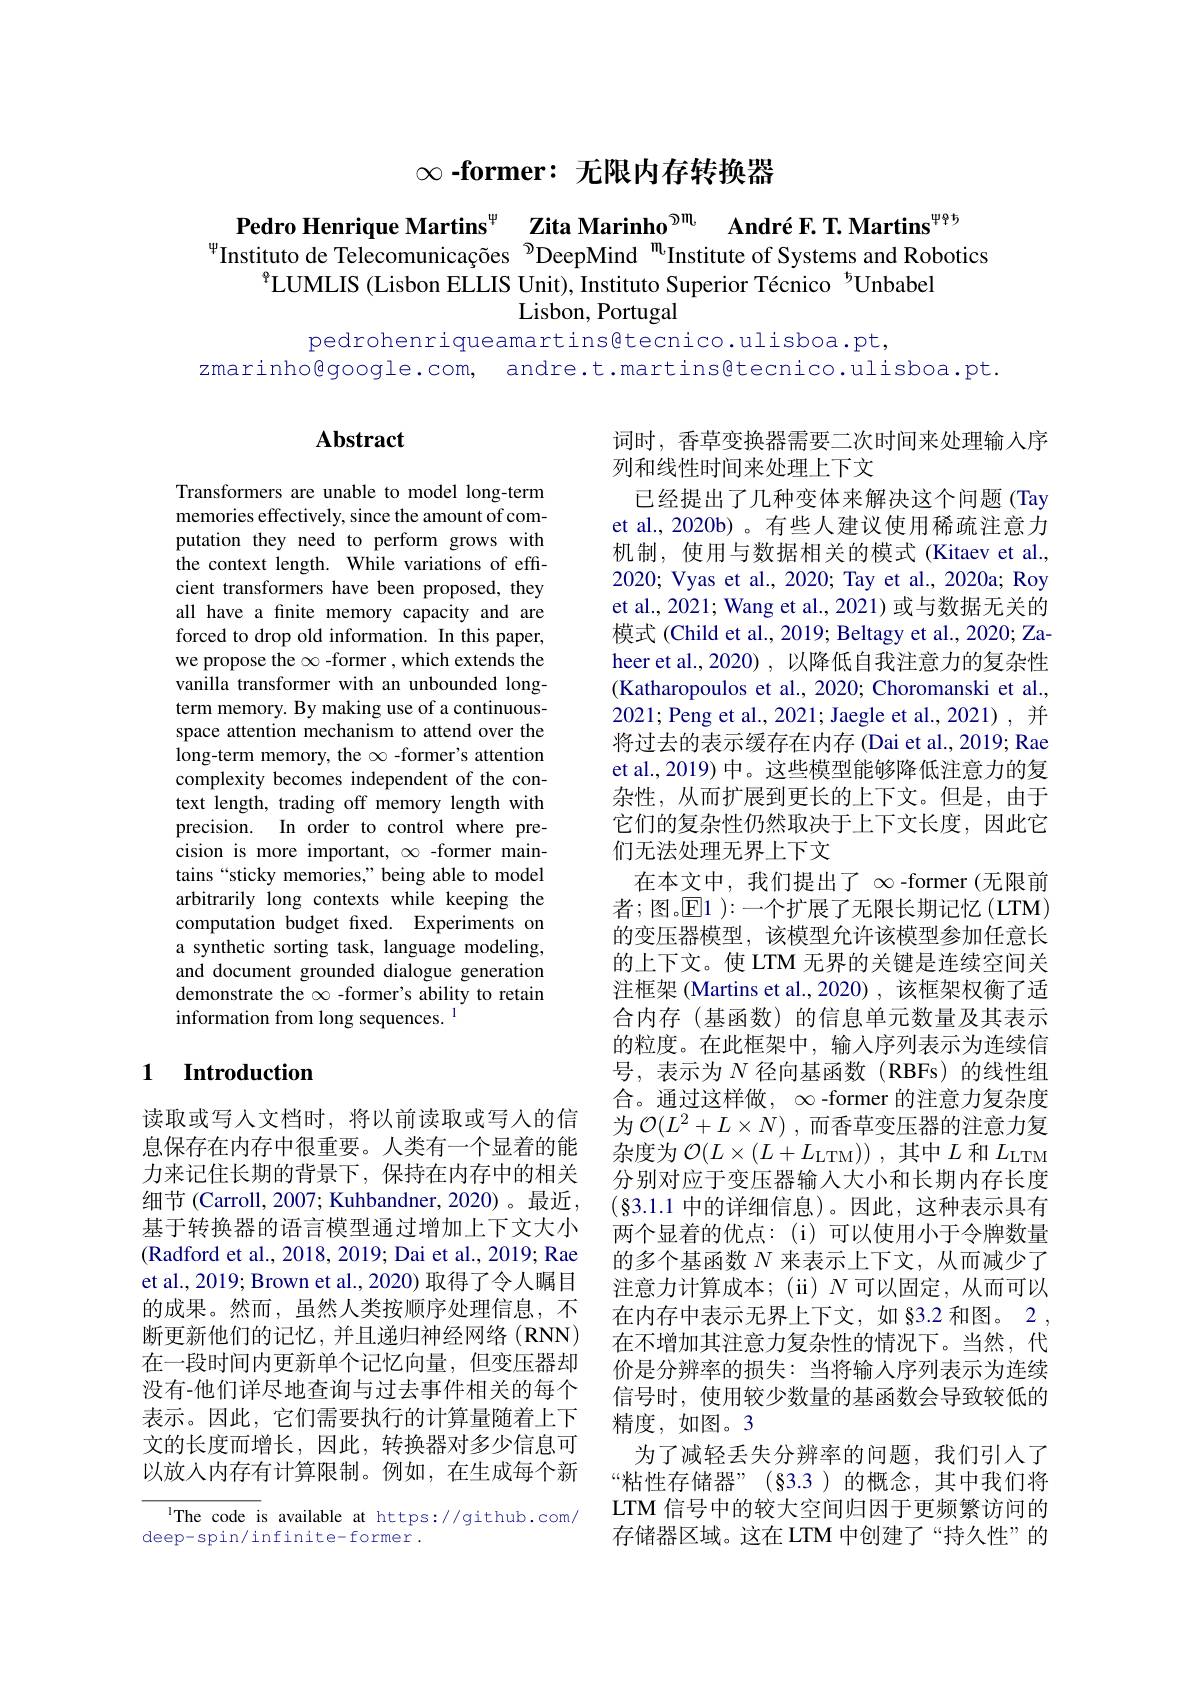
$\infty$ -former: 无限内存转换器

Pedro Henrique Martins$^{^\mathrm{\psi}}$ Zita Marinho$^{\textcircled{\mathrm{m}}}$ André F. T. Martins$^{^\mathrm{\Psi\Phi}}$Instituto de Telecomunicações $^{\textcircled{\mathrm{D}}}$DeepMind$^{\textcircled{\mathrm{m}}}$Institute of Systems and Robotics
$^{9}$LUMLIS (Lisbon ELLIS Unit), Instituto Superior Técnico $^{\mathrm{t}}$Unbabel
Lisbon, Portugal

pedrohenriqueamartins@tecnico.ulisboa.pt,
zmarinho@google.com, andre.t.martins@tecnico.ulisboa.pt.

## $\mathbf{Abstract}$

Transformers are unable to model long-term memories effectively, since the amount of computation they need to perform grows with the context length. While variations of effcient transformers have been proposed, they all have a fnite memory capacity and are forced to drop old information. In this paper, we propose the $\infty$ -former , which extends the vanilla transformer with an unbounded longterm memory. By making use of a continuousspace attention mechanism to attend over the long-term memory, the $\infty$ -former's attention complexity becomes independent of the context length, trading off memory length with precision. In order to control where precision is more important, $\infty$ -former maintains “sticky memories,” being able to model arbitrarily long contexts while keeping the computation budget fxed. Experiments on a synthetic sorting task, language modeling, and document grounded dialogue generation demonstrate the $\infty$ -former's ability to retain information from long sequences. 1

词时，香草变换器需要二次时间来处理输入序
列和线性时间来处理上下文
已经提出了几种变体来解决这个问题(Tay et al., 2020b) 。有些人建议使用稀疏注意力机制，使用与数据相关的模式(Kitaev et al., 2020; Vyas et al., 2020; Tay et al., 2020a; Roy et al., 2021; Wang et al., 2021) 或与数据无关的模式 (Child et al., 2019; Beltagy et al., 2020; Zaheer et al., 2020) , 以降低自我注意力的复杂性(Katharopoulos et al., 2020; Choromanski et al., 2021; Peng et al., 2021; Jaegle et al., 2021), 并将过去的表示缓存在内存 (Dai et al., 2019; Rae et al., 2019) 中。这些模型能够降低注意力的复杂性，从而扩展到更长的上下文。但是，由于它们的复杂性仍然取决于上下文长度，因此它们无法处理无界上下文
在本文中，我们提出了$\infty$ -former(无限前$者 ; 图 。\boxed{\mathrm{E} }1$ ):一个扩展了无限长期记忆(LTM) 的变压器模型，该模型允许该模型参加任意长的上下文。使 LTM 无界的关键是连续空间关注框架 (Martins et al.,2020) , 该框架权衡了适合内存(基函数)的信息单元数量及其表示的粒度。在此框架中，输入序列表示为连续信号，表示为$N$径向基函数(RBFs)的线性组合。通过这样做，$\infty$ -former 的注意力复杂度为$\mathcal{O} ( L^2+ L\times N)$ ,而香草变压器的注意力复杂度为$\mathcal{O} ( L\times ( L+ L_{\mathrm{LTM}}) )$ ,其中$L$和$L_\mathrm{LTM}$ 分别对应于变压器输入大小和长期内存长度$(\S3.1.1$中的详细信息)。因此，这种表示具有两个显着的优点：(i)可以使用小于令牌数量的多个基函数$N$来表示上下文，从而减少了注意力计算成本；(ii)$N$可以固定，从而可以在内存中表示无界上下文，如 §3.2 和图。2 , 在不增加其注意力复杂性的情况下。当然，代价是分辨率的损失：当将输入序列表示为连续信号时，使用较少数量的基函数会导致较低的精度，如图。3
为了减轻丢失分辨率的问题，我们引人了“粘性存储器”(§3.3)的概念，其中我们将LTM 信号中的较大空间归因于更频繁访问的存储器区域。这在 LTM 中创建了“持久性”的

## 1 Introduction

读取或写人文档时，将以前读取或写人的信息保存在内存中很重要。人类有一个显着的能力来记住长期的背景下，保持在内存中的相关细节 (Carroll, 2007; Kuhbandner, 2020)。最近， 基于转换器的语言模型通过增加上下文大小(Radford et al., 2018, 2019; Dai et al., 2019; Rae et al., 2019; Brown et al., 2020) 取得了令人瞩目的成果。然而，虽然人类按顺序处理信息，不断更新他们的记忆，并且递归神经网络(RNN) 在一段时间内更新单个记忆向量，但变压器却没有-他们详尽地查询与过去事件相关的每个表示。因此，它们需要执行的计算量随着上下文的长度而增长，因此，转换器对多少信息可以放入内存有计算限制。例如，在生成每个新

IThe code is available at https://github.com/
deep-spin/infinite-former.